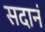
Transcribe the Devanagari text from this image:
सदानं